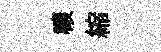
禳縮